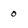
Character: 0